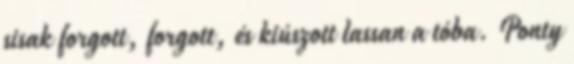
sisak forgott, forgott, és kiúszott lassan a tóba. Ponty